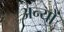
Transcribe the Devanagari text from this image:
अन्‍यों